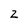
Character: z